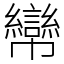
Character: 㡩